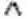
^